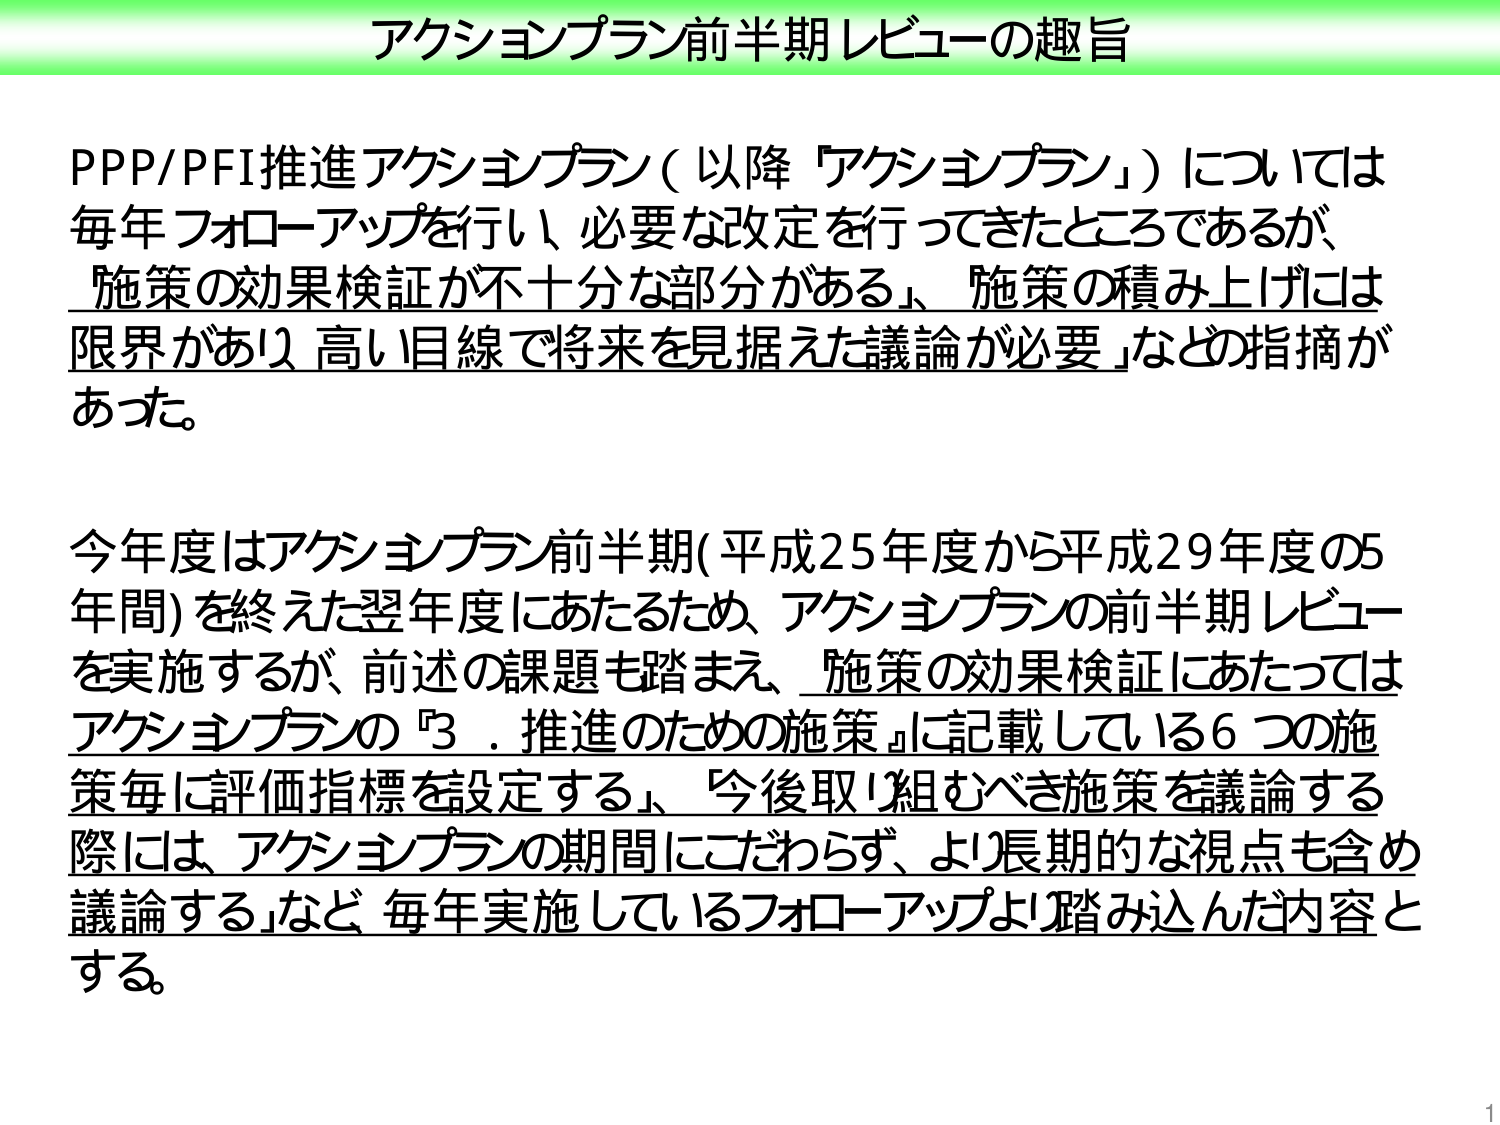
アクションプラン前半期レビューの趣旨

PPP/PFI推進アクションプラン（以降「アクションプラン」）については
毎年フォローアップを行い、必要な改定を行ってきたところであるが、
「施策の効果検証が不十分な部分がある」、「施策の積み上げには
限界があり、高い目線で将来を見据えた議論が必要」などの指摘が
あった。

今年度はアクションプラン前半期（平成25年度から平成29年度の5
年間）を終えた翌年度にあたるため、アクションプランの前半期レビュー
を実施するが、前述の課題も踏まえ、「施策の効果検証にあたっては
アクションプランの『3．推進のための施策』に記載している6つの施
策毎に評価指標を設定する」、「今後取り組むべき施策を議論する
際には、アクションプランの期間にこだわらず、より長期的な視点も含め
議論する」など、毎年実施しているフォローアップより踏み込んだ内容と
する。